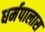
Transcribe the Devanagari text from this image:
धर्मपालास